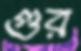
গুর